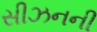
સીઝનની